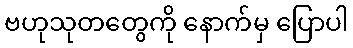
ဗဟုသုတတွေကို နောက်မှ ပြောပါ